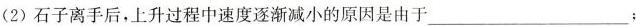
(2) 石子离手后，上升过程中速度逐渐减小的原因是由于___；